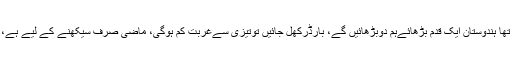
وزیراعظم نے اپنے خطاب میں بھارت کو پھر مذاکرات کی دعوت دیتے ہوئے کہا تھا ہندوستان ایک قدم بڑھائےہم دوبڑھائیں گے، بارڈرکھل جائیں توتیزی سےغربت کم ہوگی، ماضی صرف سیکھنے کے لیے ہے، ہم آگےبڑھنا چاہتےہیں، نیا چاند پرپہنچ گئی کیاہم کشمیرکامسئلہ حل نہیں کرسکتے۔